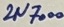
Text: 2N7000